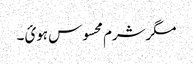
مگرشرم محسوس ہوئ ۔